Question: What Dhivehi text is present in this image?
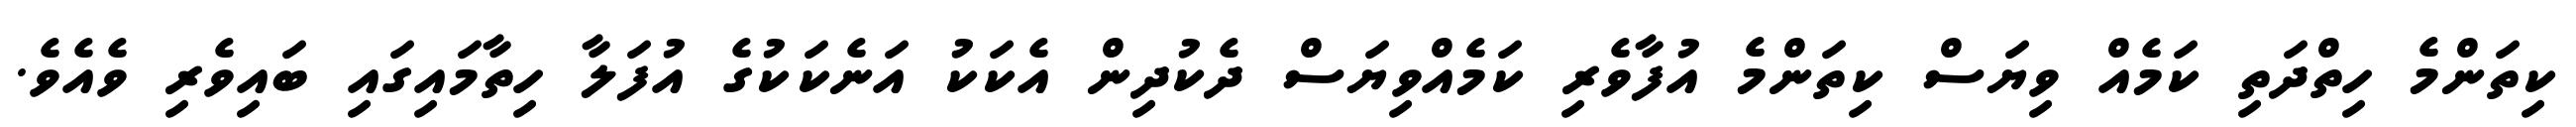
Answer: ކިތަންމެ ހިތްދަތި ކަމެއް ވިޔަސް ކިތަންމެ އުފާވެރި ކަމެއްވިޔަސް ދެކުދިން އެކަކު އަނެކަކުގެ އުފަލާ ހިތާމައިގައި ބައިވެރި ވެއެވެ.